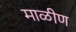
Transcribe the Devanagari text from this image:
माळीण